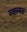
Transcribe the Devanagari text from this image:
वक्षस्थळ